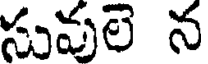
సువులె న